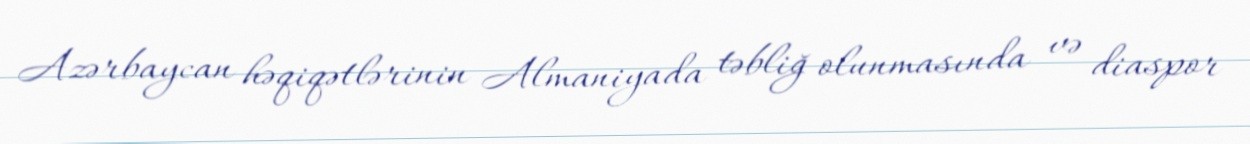
Azərbaycan həqiqətlərinin Almaniyada təbliğ olunmasında və diaspor